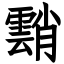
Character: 䨭